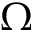
\Omega